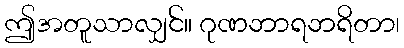
ဤအတူသာလျှင်။ ဂုဏဘာရဘရိတာ၊